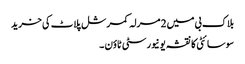
بلاک بی میں 2 مرلہ کمرشل پلاٹ کی خرید
سوسائٹی کا نقشہ یونیورسٹی ٹاؤن ۔